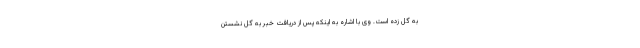
به گل زده است. وی با اشاره به اینکه پس از دریافت خبر به گِل نشستن